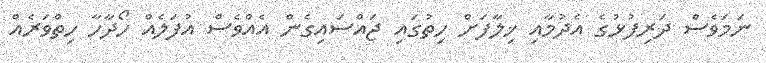
ނަމަވެސް ދަރިފުޅުގެ އެދުމާއި ޚިލާފަށް ހިތުގައި ޖައްސައިގެން އެއްވެސް އުފަލެއް ހޯދާހާ ހިތްވަރެއް